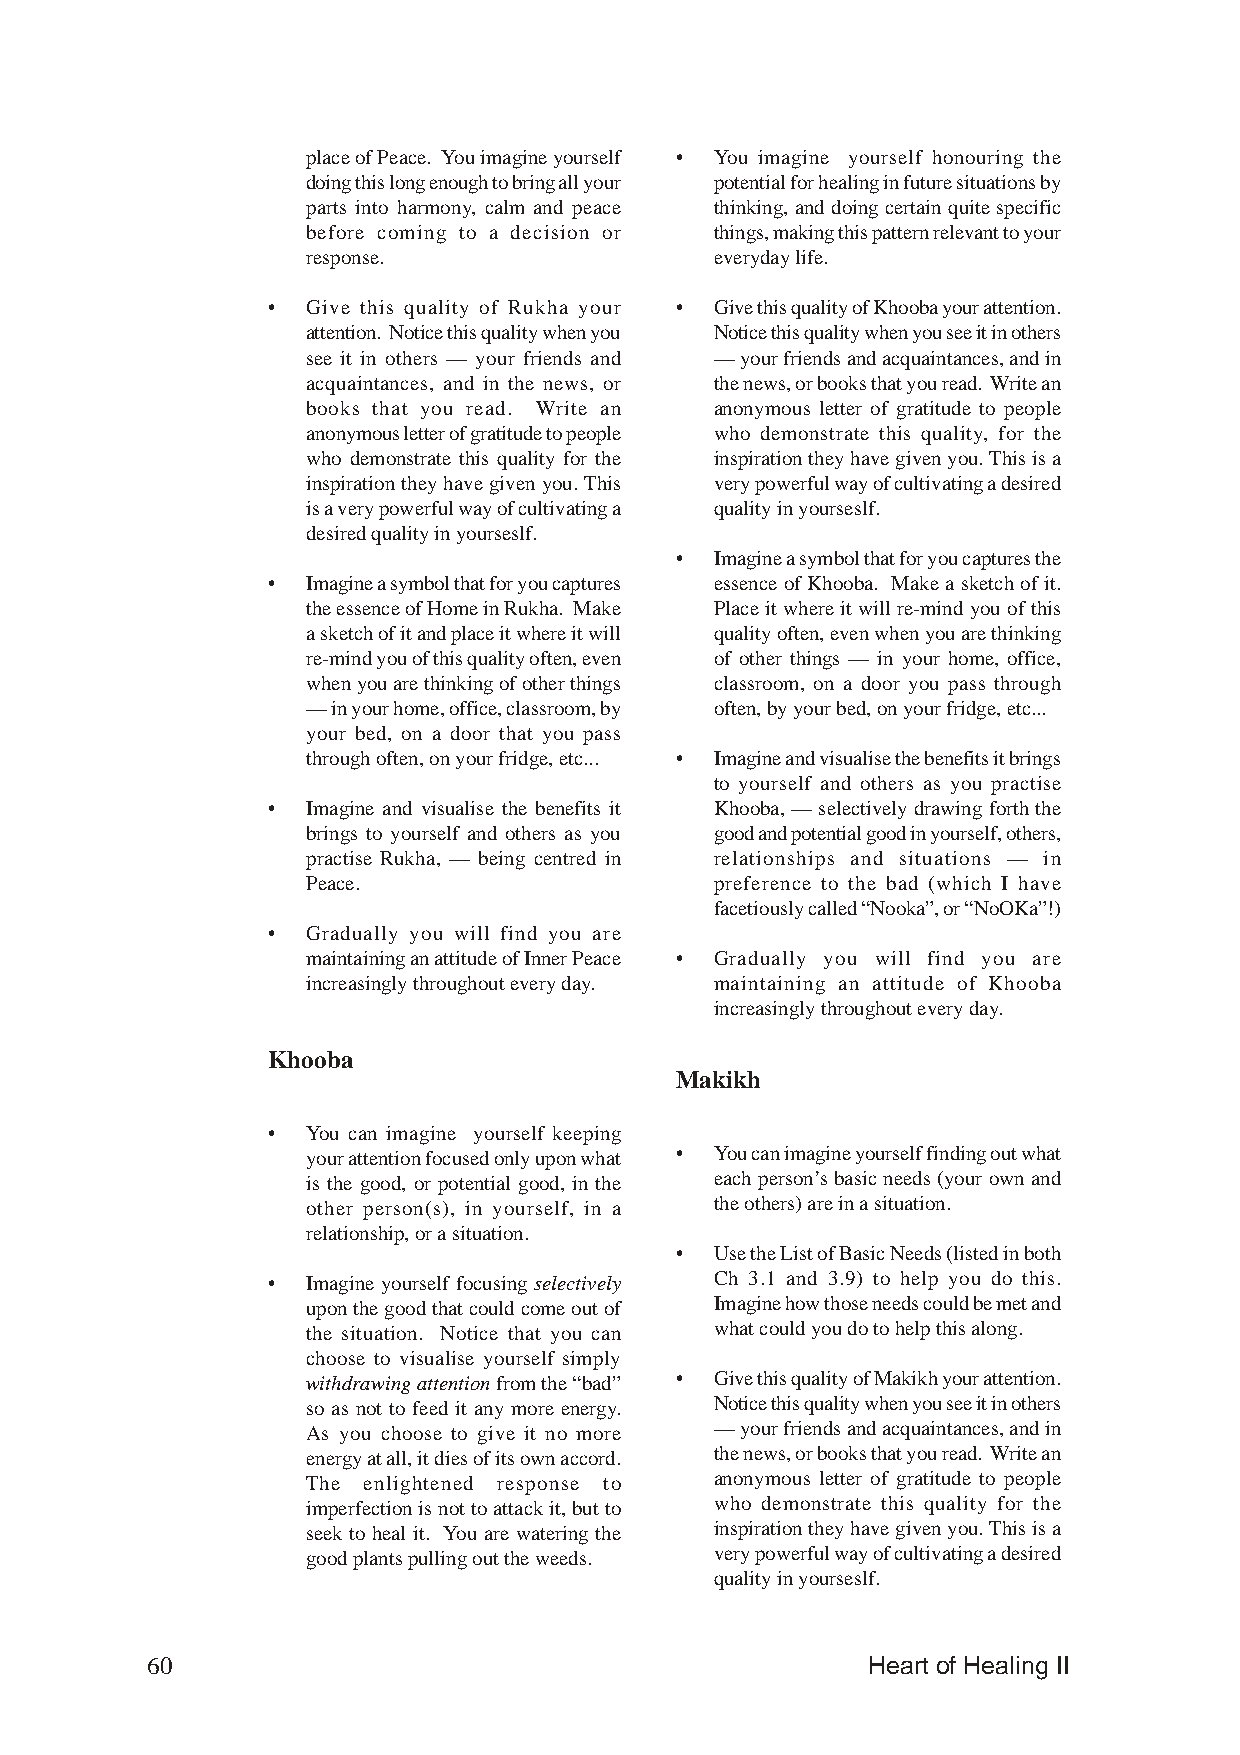
place of Peace. You imagine yourself • You imagine yourself honouring the
 doing this long enough to bring all your potential for healing in future situations by
 parts into harmony, calm and peace thinking, and doing certain quite specific
 before coming to a decision or things, making this pattern relevant to your
 response.                  everyday life.
 • Give this quality of Rukha your • Give this quality of Khooba your attention.
 attention. Notice this quality when you Notice this quality when you see it in others
 see it in others — your friends and — your friends and acquaintances, and in
 acquaintances, and in the news, or the news, or books that you read. Write an
 books that you read. Write an anonymous letter of gratitude to people
 anonymous letter of gratitude to people who demonstrate this quality, for the
 who demonstrate this quality for the inspiration they have given you. This is a
 inspiration they have given you. This very powerful way of cultivating a desired
 is a very powerful way of cultivating a quality in yourseslf.
 desired quality in yourseslf.
 • Imagine a symbol that for you captures the
 • Imagine a symbol that for you captures essence of Khooba. Make a sketch of it.
 the essence of Home in Rukha. Make Place it where it will re-mind you of this
 a sketch of it and place it where it will quality often, even when you are thinking
 re-mind you of this quality often, even of other things — in your home, office,
 when you are thinking of other things classroom, on a door you pass through
 — in your home, office, classroom, by often, by your bed, on your fridge, etc...
 your bed, on a door that you pass
 through often, on your fridge, etc... • Imagine and visualise the benefits it brings
 to yourself and others as you practise
 • Imagine and visualise the benefits it Khooba, — selectively drawing forth the
 brings to yourself and others as you good and potential good in yourself, others,
 practise Rukha, — being centred in relationships and situations — in
 Peace.                     preference to the bad (which I have
 facetiously called “Nooka”, or “NoOKa”!)
 • Gradually you will find you are
 maintaining an attitude of Inner Peace • Gradually you will find you are
 increasingly throughout every day. maintaining an attitude of Khooba
 increasingly throughout every day.
 Khooba
 Makikh
 • You can imagine yourself keeping
 your attention focused only upon what • You can imagine yourself finding out what
 is the good, or potential good, in the each person’s basic needs (your own and
 other person(s), in yourself, in a the others) are in a situation.
 relationship, or a situation.
 • Use the List of Basic Needs (listed in both
 • Imagine yourself focusing selectively Ch 3.1 and 3.9) to help you do this.
 upon the good that could come out of Imagine how those needs could be met and
 the situation. Notice that you can what could you do to help this along.
 choose to visualise yourself simply
 withdrawing attention from the “bad” • Give this quality of Makikh your attention.
 so as not to feed it any more energy. Notice this quality when you see it in others
 As you choose to give it no more — your friends and acquaintances, and in
 energy at all, it dies of its own accord. the news, or books that you read. Write an
 The enlightened response to anonymous letter of gratitude to people
 imperfection is not to attack it, but to who demonstrate this quality for the
 seek to heal it. You are watering the inspiration they have given you. This is a
 good plants pulling out the weeds. very powerful way of cultivating a desired
 quality in yourseslf.
 60                                             Heart of Healing II